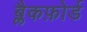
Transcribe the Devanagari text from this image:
ब्लैकफ़ोर्ड